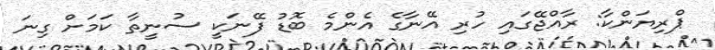
ޕްރިޔަންކާ: ރާއްޖޭގައި ހުރި އޭނާގެ އެންމެ ބޮޑު ފޭނަކީ ސުނީތާ ކަމަށް ގިނަ